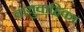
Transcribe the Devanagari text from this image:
वायुवाहिका